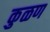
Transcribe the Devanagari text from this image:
कुळण